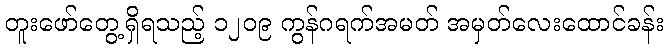
တူးဖော်တွေ့ရှိရသည့် ၁၂၀၉ ကွန်ဂရက်အမတ် အမှတ်လေးထောင်ခန်း